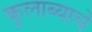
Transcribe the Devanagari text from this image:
कुलाब्याचे